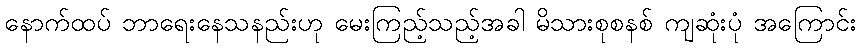
နောက်ထပ် ဘာရေးနေသနည်းဟု မေးကြည့်သည့်အခါ မိသားစုစနစ် ကျဆုံးပုံ အကြောင်း